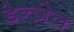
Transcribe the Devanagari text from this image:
डेन्ज़ेल